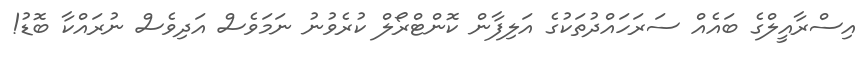
އިސްރާއީލްގެ ބައެއް ސަރަހައްދުތަކުގެ އަލިފާން ކޮންޓްރޯލް ކުރެވުނު ނަމަވެސް އަދިވެސް ނުރައްކާ ބޮޑު!